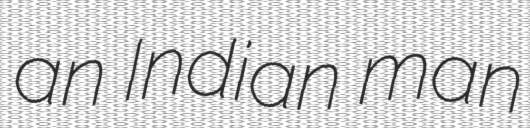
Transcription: an Indian man